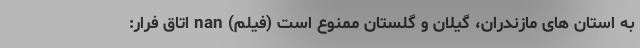
به استان های مازندران، گیلان و گلستان ممنوع است (فیلم) nan اتاق فرار: